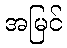
အမြင်